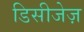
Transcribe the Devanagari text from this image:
डिसीजेज़